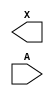
/**
 * Copyright 2020 The SkyWater PDK Authors
 *
 * Licensed under the Apache License, Version 2.0 (the "License");
 * you may not use this file except in compliance with the License.
 * You may obtain a copy of the License at
 *
 *     https://www.apache.org/licenses/LICENSE-2.0
 *
 * Unless required by applicable law or agreed to in writing, software
 * distributed under the License is distributed on an "AS IS" BASIS,
 * WITHOUT WARRANTIES OR CONDITIONS OF ANY KIND, either express or implied.
 * See the License for the specific language governing permissions and
 * limitations under the License.
 *
 * SPDX-License-Identifier: Apache-2.0
 */

`ifndef SKY130_FD_SC_LP__DLYBUF4S18KAPWR_BLACKBOX_V
`define SKY130_FD_SC_LP__DLYBUF4S18KAPWR_BLACKBOX_V

/**
 * dlybuf4s18kapwr: Delay Buffer 4-stage 0.18um length inner stage
 *                  gates on keep-alive power rail.
 *
 * Verilog stub definition (black box without power pins).
 *
 * WARNING: This file is autogenerated, do not modify directly!
 */

`timescale 1ns / 1ps
`default_nettype none

(* blackbox *)
module sky130_fd_sc_lp__dlybuf4s18kapwr (
    X,
    A
);

    output X;
    input  A;

    // Voltage supply signals
    supply1 VPWR ;
    supply0 VGND ;
    supply1 KAPWR;
    supply1 VPB  ;
    supply0 VNB  ;

endmodule

`default_nettype wire
`endif  // SKY130_FD_SC_LP__DLYBUF4S18KAPWR_BLACKBOX_V